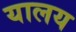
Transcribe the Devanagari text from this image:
यालय